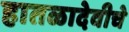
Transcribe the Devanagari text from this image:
हातळादेवीचे